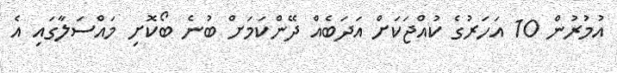
އުމުރުން 10 އަހަރުގެ ކުއްޖަކަށް އަދަބެއް ދޭންކަމަށް ބުނެ ބޯކޮށި މައްސަލާގައި އެ